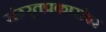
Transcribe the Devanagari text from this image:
संग्र्र्तप्रकारांवर